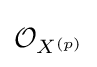
{\textstyle {\mathcal {O}}_{X^{(p)}}}